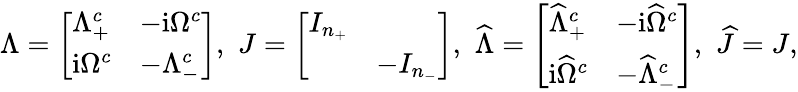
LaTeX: \Lambda=\left[\begin{array}{ll}{\Lambda_{+}^{c}}&{-\mathrm{i}\Omega^{c}}\\ {\mathrm{i}\Omega^{c}}&{-\Lambda_{-}^{c}}\end{array}\right],\, \, J=\left[\begin{array}{ll}{I_{n_{+}}}&\\ &{-I_{n_{-}}}\end{array}\right],\, \, \widehat\Lambda=\left[\begin{array}{ll}{\widehat\Lambda_{+}^{c}}&{-\mathrm{i}\widehat{\Omega}^{c}}\\ {\mathrm{i}\widehat{\Omega}^{c}}&{-\widehat\Lambda_{-}^{c}}\end{array}\right],\, \, \widehat J=J,